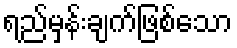
ရည်မှန်းချက်ဖြစ်သော